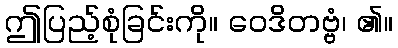
ဤပြည့်စုံခြင်းကို။ ဝေဒိတဗ္ဗံ၊ ၏။